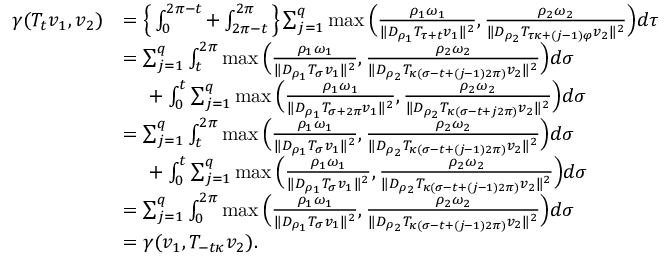
\begin{array} { r l } { \gamma ( T _ { t } v _ { 1 } , v _ { 2 } ) } & { = \Big \{ \int _ { 0 } ^ { 2 \pi - t } + \int _ { 2 \pi - t } ^ { 2 \pi } \Big \} \sum _ { j = 1 } ^ { q } \operatorname* { m a x } \Big ( \frac { \rho _ { 1 } \omega _ { 1 } } { \| D _ { \rho _ { 1 } } T _ { \tau + t } v _ { 1 } \| ^ { 2 } } , \frac { \rho _ { 2 } \omega _ { 2 } } { \| D _ { \rho _ { 2 } } T _ { \tau \kappa + ( j - 1 ) \varphi } v _ { 2 } \| ^ { 2 } } \Big ) d \tau } \\ & { = \sum _ { j = 1 } ^ { q } \int _ { t } ^ { 2 \pi } \operatorname* { m a x } \Big ( \frac { \rho _ { 1 } \omega _ { 1 } } { \| D _ { \rho _ { 1 } } T _ { \sigma } v _ { 1 } \| ^ { 2 } } , \frac { \rho _ { 2 } \omega _ { 2 } } { \| D _ { \rho _ { 2 } } T _ { \kappa ( \sigma - t + ( j - 1 ) 2 \pi ) } v _ { 2 } \| ^ { 2 } } \Big ) d \sigma } \\ & { \phantom { = \ } + \int _ { 0 } ^ { t } \sum _ { j = 1 } ^ { q } \operatorname* { m a x } \Big ( \frac { \rho _ { 1 } \omega _ { 1 } } { \| D _ { \rho _ { 1 } } T _ { \sigma + 2 \pi } v _ { 1 } \| ^ { 2 } } , \frac { \rho _ { 2 } \omega _ { 2 } } { \| D _ { \rho _ { 2 } } T _ { \kappa ( \sigma - t + j 2 \pi ) } v _ { 2 } \| ^ { 2 } } \Big ) d \sigma } \\ & { = \sum _ { j = 1 } ^ { q } \int _ { t } ^ { 2 \pi } \operatorname* { m a x } \Big ( \frac { \rho _ { 1 } \omega _ { 1 } } { \| D _ { \rho _ { 1 } } T _ { \sigma } v _ { 1 } \| ^ { 2 } } , \frac { \rho _ { 2 } \omega _ { 2 } } { \| D _ { \rho _ { 2 } } T _ { \kappa ( \sigma - t + ( j - 1 ) 2 \pi ) } v _ { 2 } \| ^ { 2 } } \Big ) d \sigma } \\ & { \phantom { = \ } + \int _ { 0 } ^ { t } \sum _ { j = 1 } ^ { q } \operatorname* { m a x } \Big ( \frac { \rho _ { 1 } \omega _ { 1 } } { \| D _ { \rho _ { 1 } } T _ { \sigma } v _ { 1 } \| ^ { 2 } } , \frac { \rho _ { 2 } \omega _ { 2 } } { \| D _ { \rho _ { 2 } } T _ { \kappa ( \sigma - t + ( j - 1 ) 2 \pi ) } v _ { 2 } \| ^ { 2 } } \Big ) d \sigma } \\ & { = \sum _ { j = 1 } ^ { q } \int _ { 0 } ^ { 2 \pi } \operatorname* { m a x } \Big ( \frac { \rho _ { 1 } \omega _ { 1 } } { \| D _ { \rho _ { 1 } } T _ { \sigma } v _ { 1 } \| ^ { 2 } } , \frac { \rho _ { 2 } \omega _ { 2 } } { \| D _ { \rho _ { 2 } } T _ { \kappa ( \sigma - t + ( j - 1 ) 2 \pi ) } v _ { 2 } \| ^ { 2 } } \Big ) d \sigma } \\ & { = \gamma ( v _ { 1 } , T _ { - t \kappa } v _ { 2 } ) . } \end{array}